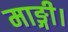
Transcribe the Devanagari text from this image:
माङ्गी।